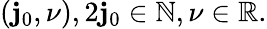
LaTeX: (\mathbf{j}_{0},\nu),2\mathbf{j}_{0}\in\mathbb{{N}},\nu\in\mathbb{{R}}.